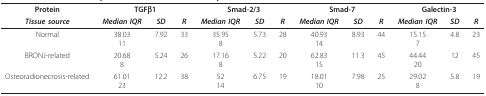
<table><thead><tr><td><b>Protein</b></td><td colspan="3"><b>TGFβ1</b></td><td colspan="3"><b>Smad-2/3</b></td><td colspan="3"><b>Smad-7</b></td><td colspan="3"><b>Galectin-3</b></td></tr><tr><td><b><i>Tissue source</i></b></td><td><b><i>Median IQR</i></b></td><td><b><i>SD</i></b></td><td><b><i>R</i></b></td><td><b><i>Median IQR</i></b></td><td><b><i>SD</i></b></td><td><b><i>R</i></b></td><td><b><i>Median IQR</i></b></td><td><b><i>SD</i></b></td><td><b><i>R</i></b></td><td><b><i>Median IQR</i></b></td><td><b><i>SD</i></b></td><td><b><i>R</i></b></td></tr></thead><tbody><tr><td>Normal</td><td>38.0311</td><td>7.92</td><td>33</td><td>35.958</td><td>5.73</td><td>28</td><td>40.9314</td><td>8.93</td><td>44</td><td>15.157</td><td>4.8</td><td>23</td></tr><tr><td>BRONJ-related</td><td>20.688</td><td>5.24</td><td>26</td><td>17.168</td><td>5.22</td><td>20</td><td>62.8315</td><td>11.3</td><td>45</td><td>44.4420</td><td>12</td><td>45</td></tr><tr><td>Osteoradionecrosis-related</td><td>61.0123</td><td>12.2</td><td>38</td><td>5214</td><td>6.75</td><td>19</td><td>18.0110</td><td>7.98</td><td>25</td><td>29.028</td><td>5.8</td><td>19</td></tr></tbody></table>